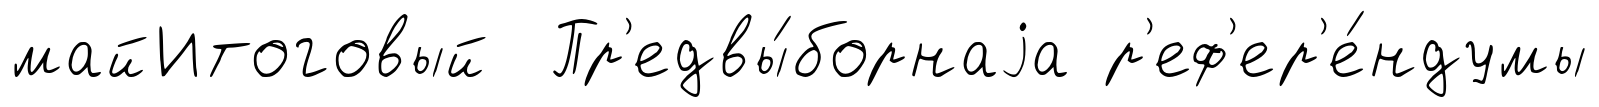
майИтоговый Пр'едвы́борнаjа р'еф'ер'е́ндумы